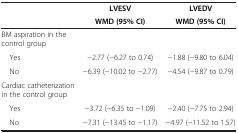
<table><thead><tr><td><b> </b></td><td><b>LVESV</b></td><td><b>LVEDV</b></td></tr><tr><td><b> </b></td><td><b>WMD (95% CI)</b></td><td><b>WMD (95% CI)</b></td></tr></thead><tbody><tr><td>BM aspiration in the control group</td><td> </td><td> </td></tr><tr><td> Yes</td><td>−2.77 (−6.27 to 0.74)</td><td>−1.88 (−9.80 to 6.04)</td></tr><tr><td> No</td><td>−6.39 (−10.02 to −2.77)</td><td>−4.54 (−9.87 to 0.79)</td></tr><tr><td>Cardiac catheterization in the control group</td><td> </td><td> </td></tr><tr><td> Yes</td><td>−3.72 (−6.35 to −1.09)</td><td>−2.40 (−7.75 to 2.94)</td></tr><tr><td> No</td><td>−7.31 (−13.45 to −1.17)</td><td>−4.97 (−11.52 to 1.57)</td></tr></tbody></table>